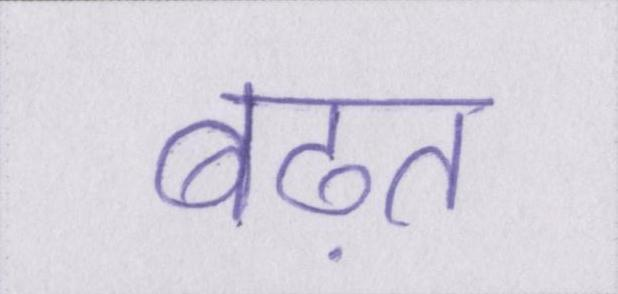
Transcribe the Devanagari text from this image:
बढ़त